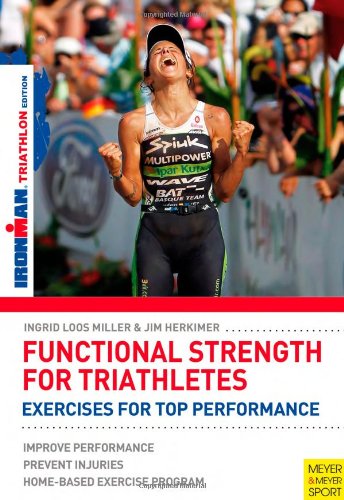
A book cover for Functional Strength For Triathletes (Ironman); Ingrid Loos Miller; Health, Fitness & Dieting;